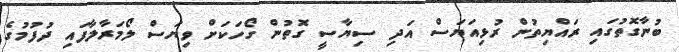
ބުނާގޮތުގައި ރައްޔިތުން ރުޅިއަޔަސް އަދި ސިޔާސީ ގޮތުން ގޯހަކަށް ވިޔަސް ލޯމަރާލާފައި ދުފުމުގެ